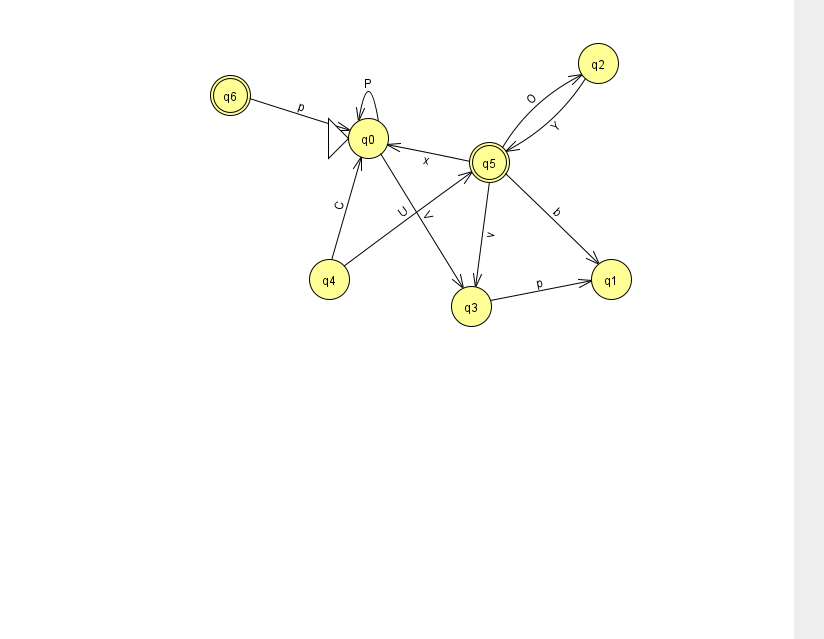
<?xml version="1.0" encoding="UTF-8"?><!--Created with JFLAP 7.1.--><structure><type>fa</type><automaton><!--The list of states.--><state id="0" name="q0"><x>368.0</x><y>125.0</y><initial/></state><state id="1" name="q1"><x>611.0</x><y>266.0</y></state><state id="2" name="q2"><x>598.0</x><y>50.0</y></state><state id="3" name="q3"><x>471.0</x><y>293.0</y></state><state id="4" name="q4"><x>329.0</x><y>266.0</y></state><state id="5" name="q5"><x>489.0</x><y>149.0</y><final/></state><state id="6" name="q6"><x>230.0</x><y>82.0</y><final/></state><!--The list of transitions.--><transition><from>0</from><to>0</to><read>P</read></transition><transition><from>2</from><to>5</to><read>Y</read></transition><transition><from>5</from><to>1</to><read>b</read></transition><transition><from>0</from><to>3</to><read>V</read></transition><transition><from>3</from><to>1</to><read>p</read></transition><transition><from>5</from><to>2</to><read>O</read></transition><transition><from>5</from><to>3</to><read>v</read></transition><transition><from>6</from><to>0</to><read>p</read></transition><transition><from>5</from><to>0</to><read>x</read></transition><transition><from>4</from><to>5</to><read>U</read></transition><transition><from>4</from><to>0</to><read>C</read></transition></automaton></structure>